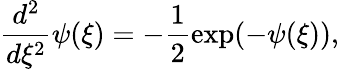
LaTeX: \frac{d^{2}}{d\xi^{2}}\psi(\xi)=-\frac{1}{2}\exp(-\psi(\xi)),